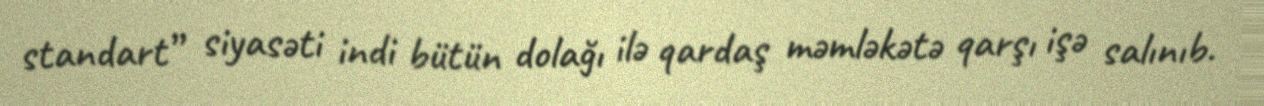
standart” siyasəti indi bütün dolağı ilə qardaş məmləkətə qarşı işə salınıb.